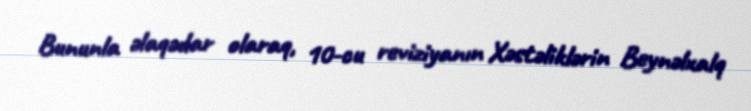
Bununla əlaqədar olaraq, 10-cu reviziyanın Xəstəliklərin Beynəlxalq